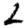
Digit: 2